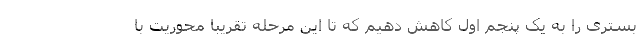
بستری را به یک پنجم اول کاهش دهیم که تا این مرحله تقریباً محوریت با